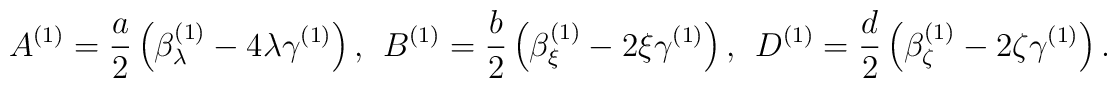
A^{(1)} =\frac{a}{2} \left( \beta_\lambda^{(1)} -4\lambda\gamma^{(1)} \right), \ \  B^{(1)} =\frac{b}{2} \left(\beta_\xi^{(1)} -2\xi \gamma^{(1)} \right), \ \   D^{(1)}=\frac{d}{2} \left( \beta_\zeta^{(1)} -2\zeta \gamma^{(1)} \right).